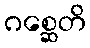
ဂစ္ဆေတိ